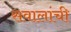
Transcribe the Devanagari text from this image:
सवालांची